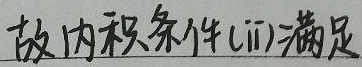
故内积条件\((\text{ii})\)满足